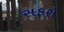
સફરો